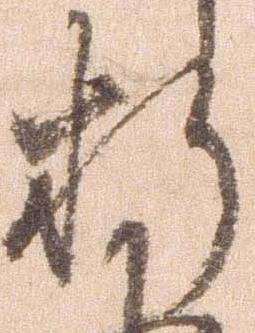
折